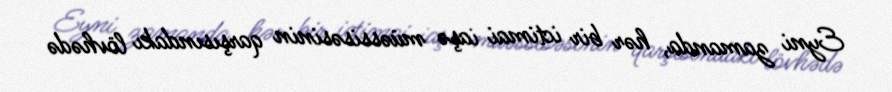
Eyni zamanda, hər bir ictimai iaşə müəssisəsinin qarşısındakı lövhədə